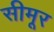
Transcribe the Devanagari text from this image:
सीमूर